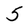
Character: 5